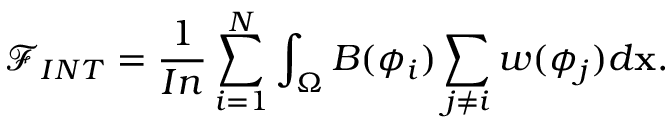
\mathcal { F } _ { I N T } = \frac { 1 } { I n } \sum _ { i = 1 } ^ { N } \int _ { \Omega } B ( \phi _ { i } ) \sum _ { j \neq i } w ( \phi _ { j } ) d \mathbf { x } .